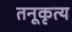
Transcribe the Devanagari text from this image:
तनूकृत्य